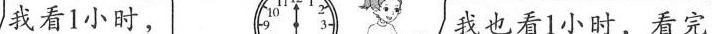
我看1小时， 我也看1小时，看完